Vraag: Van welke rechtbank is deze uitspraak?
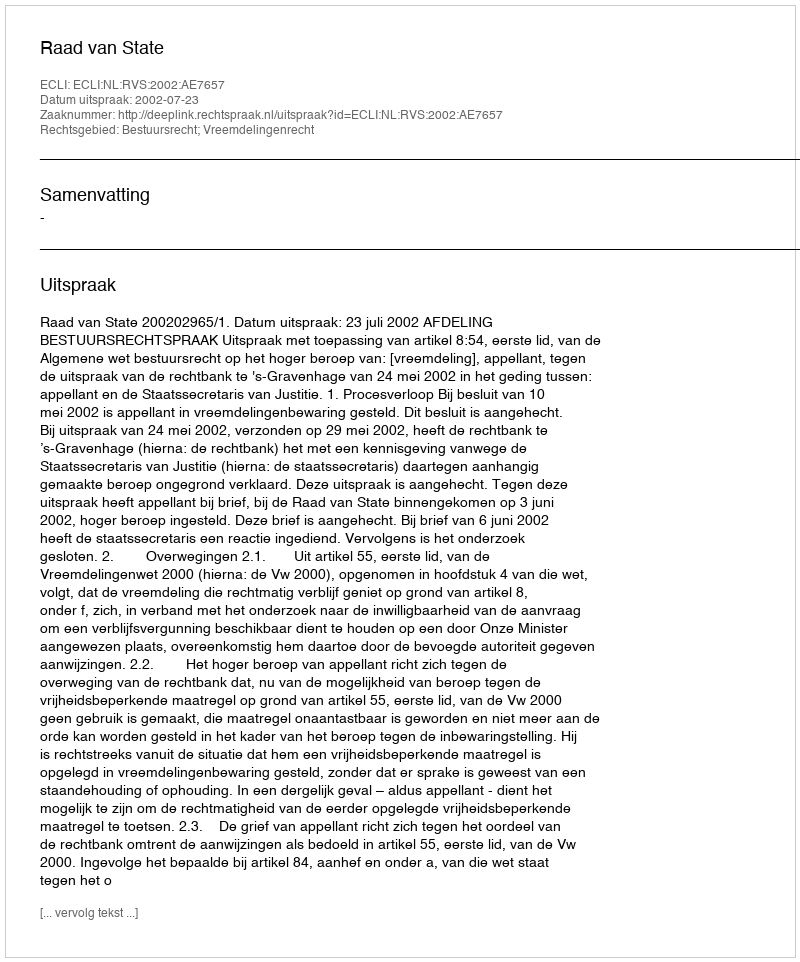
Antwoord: Raad van State